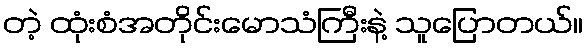
တဲ့ ထုံးစံအတိုင်းမောသံကြီးနဲ့ သူပြောတယ်။